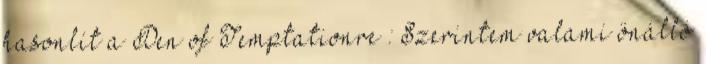
hasonlít a Den of Temptationre : Szerintem valami önálló